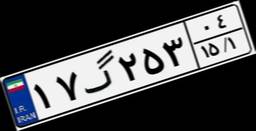
۱۷گ۲۵۳۰۴